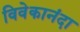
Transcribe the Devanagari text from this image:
विवेकानंदा